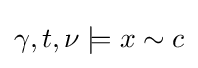
\gamma ,t,\nu \models x\sim c